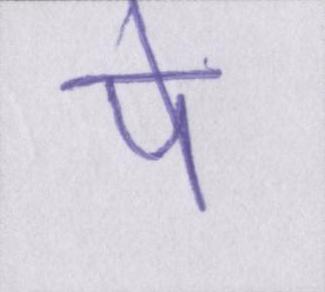
पे